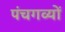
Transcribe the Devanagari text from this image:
पंचगव्यों